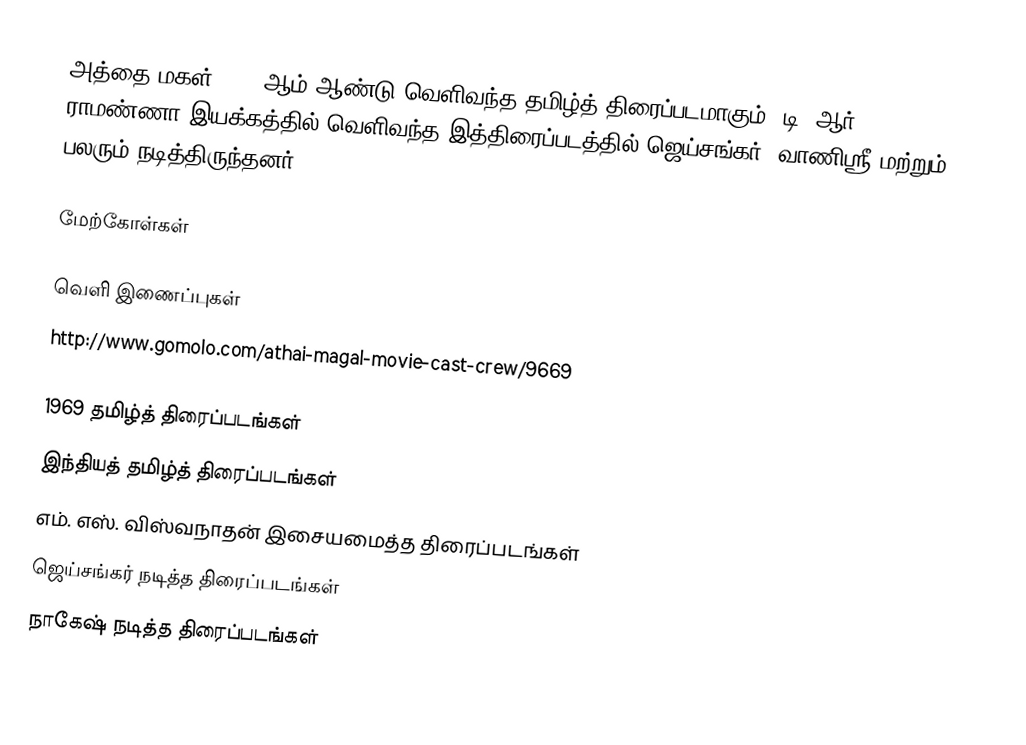
அத்தை மகள் 1969 ஆம் ஆண்டு வெளிவந்த தமிழ்த் திரைப்படமாகும். டி. ஆர். ராமண்ணா இயக்கத்தில் வெளிவந்த இத்திரைப்படத்தில் ஜெய்சங்கர், வாணிஸ்ரீ மற்றும் பலரும் நடித்திருந்தனர்.

மேற்கோள்கள்

வெளி இணைப்புகள்
 http://www.gomolo.com/athai-magal-movie-cast-crew/9669

1969 தமிழ்த் திரைப்படங்கள்
இந்தியத் தமிழ்த் திரைப்படங்கள்
எம். எஸ். விஸ்வநாதன் இசையமைத்த திரைப்படங்கள்
ஜெய்சங்கர் நடித்த திரைப்படங்கள்
நாகேஷ் நடித்த திரைப்படங்கள்